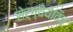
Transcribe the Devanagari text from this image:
सेर्ग्येयेविच